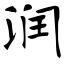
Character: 润